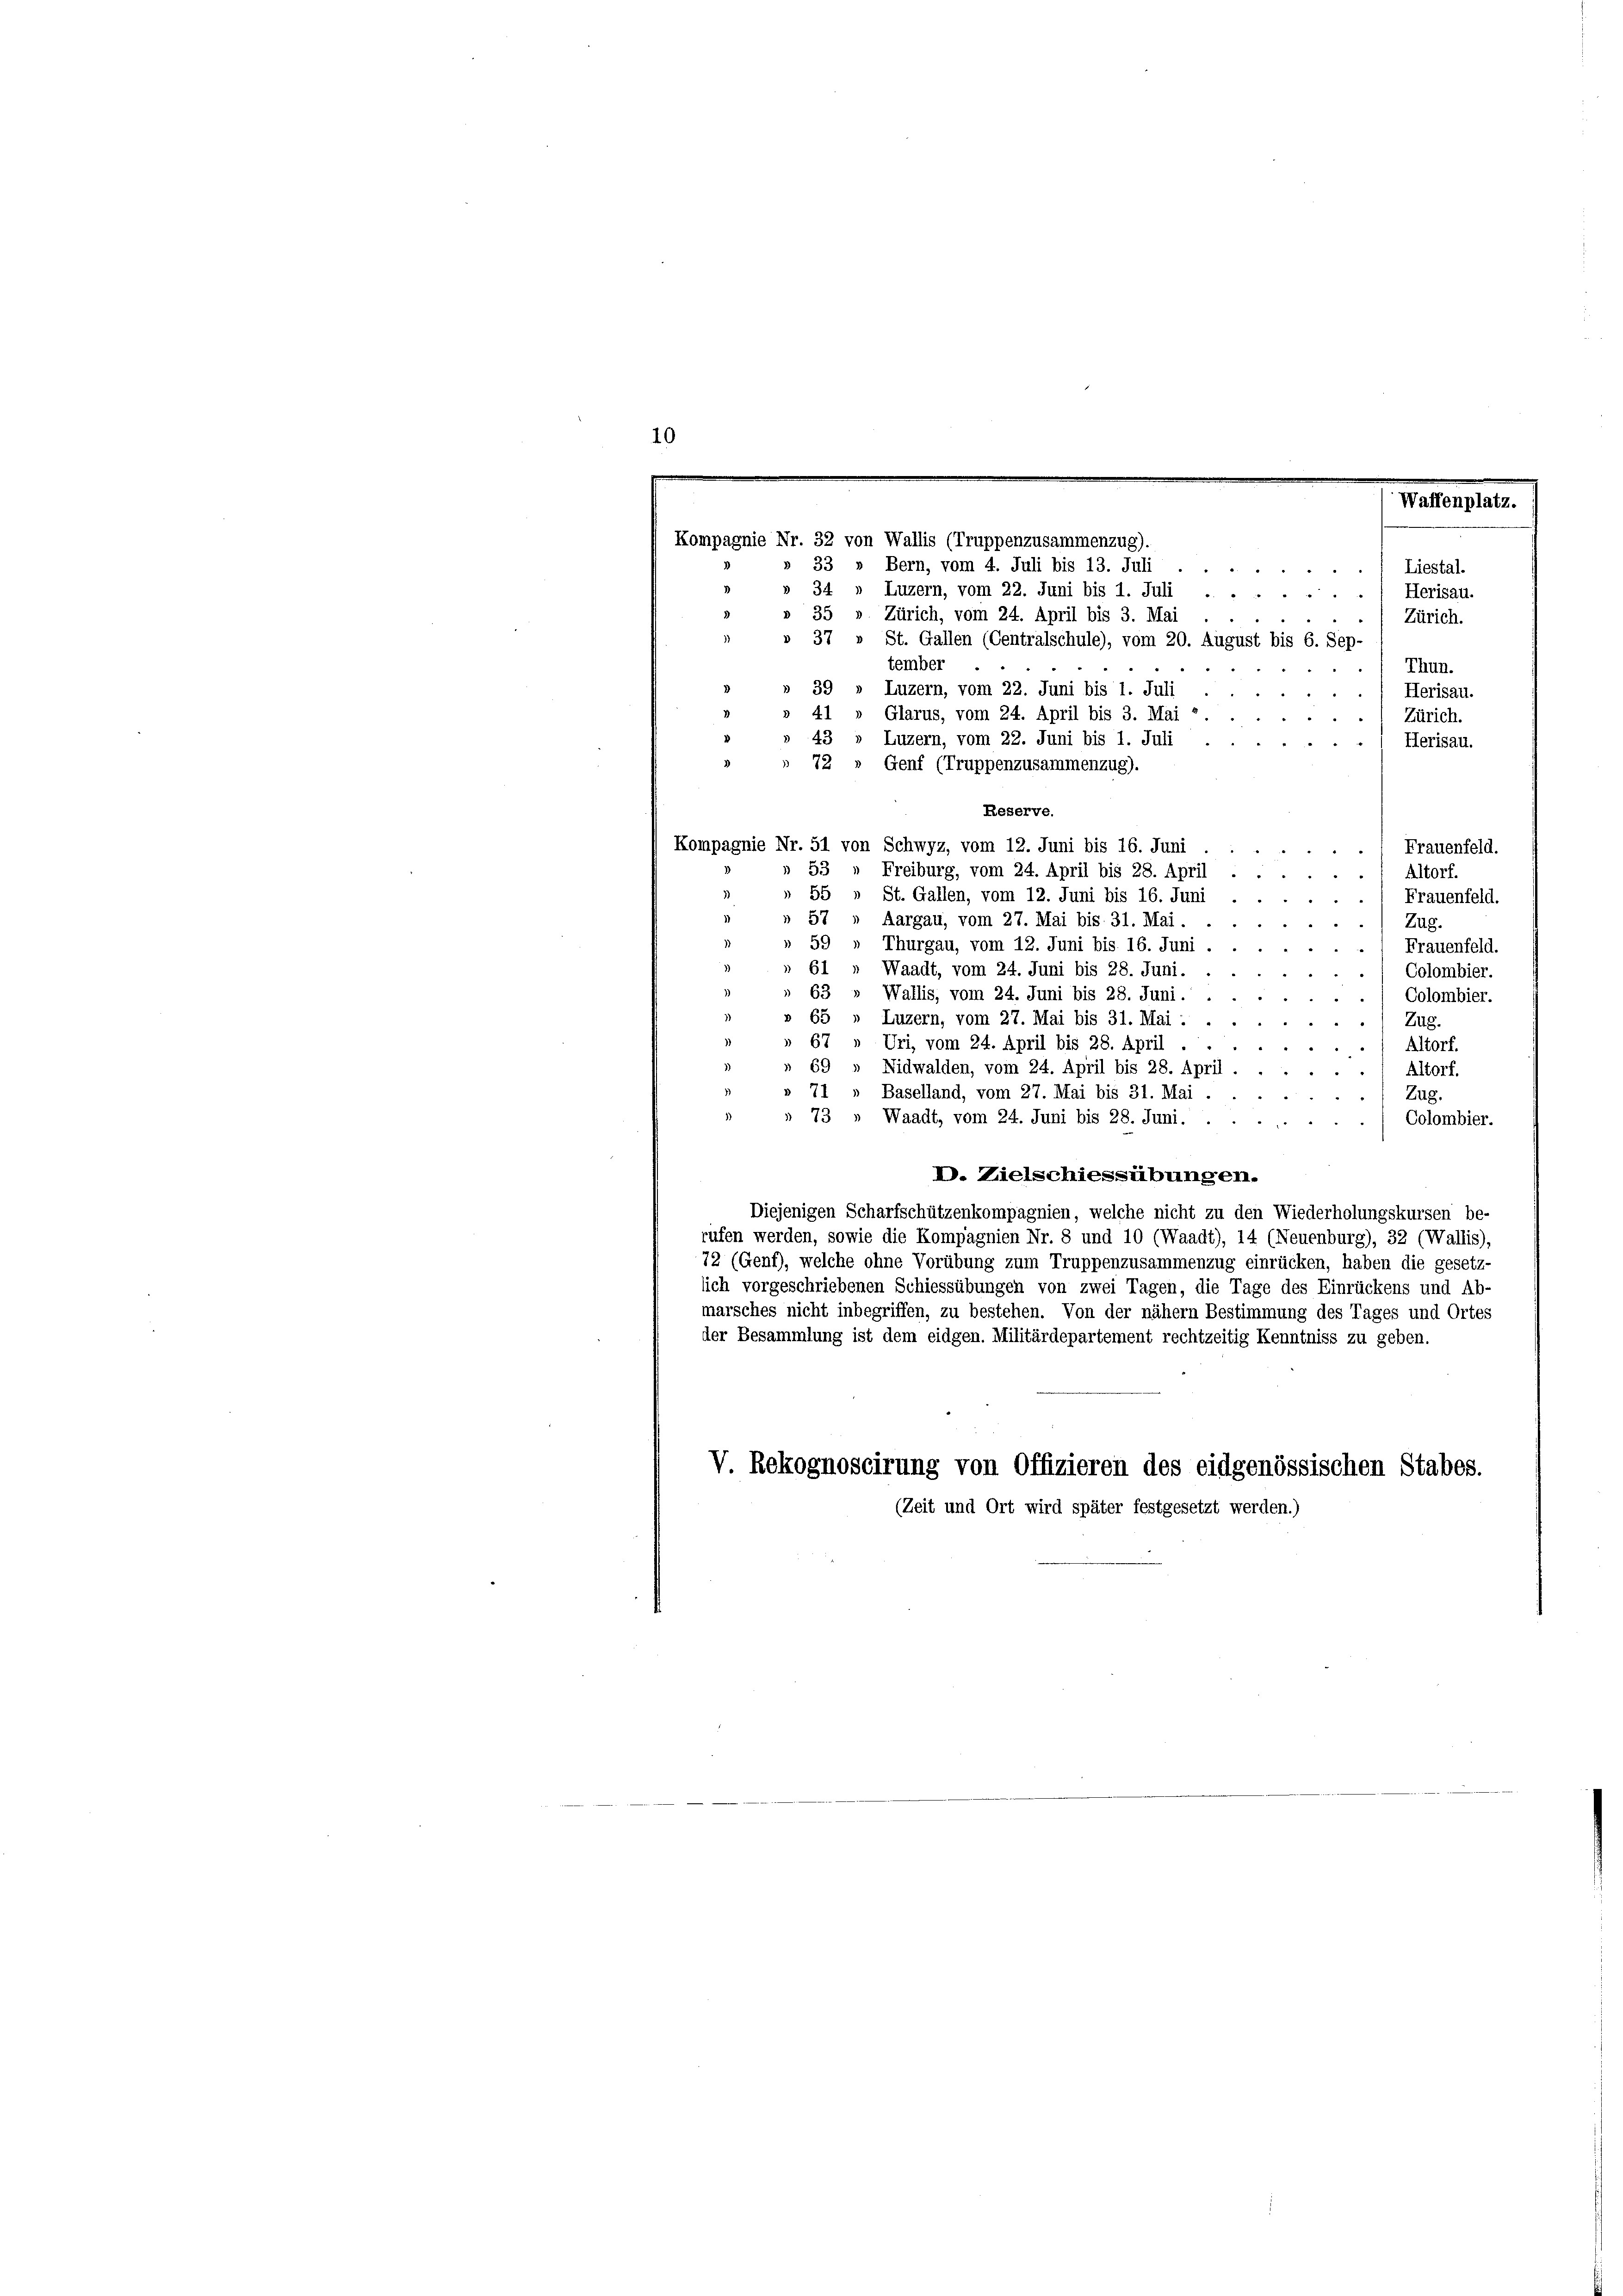
10

Waffenplatz.
Kompagnie Nr. 32 von Wallis (Truppenzusammenzug).
33 » Bern, vom 4. Juli bis 13. Juli
Liestal.

34.
Luzern, vom 22. Juni bis 1. Juli . . .
Herisau.

" " "
35
Zürich, vom 24. April bis 3. Mai
.
Zürich.
37
St. Gallen (Centralschule), vom 20. August bis 6. Sep.
tember
Thun.
39
Luzern, vom 22. Juni bis 1. Juli
Herisau.
41
Glarus, vom 24. April bis 3. Mai 1
Zürich.
Luzern, vom 22. Juni bis 1. Juli
43
Herisau.
72
Genf (Truppenzusammenzug).
. Frauenfeld.

53
Freiburg, vom 24. April bis 28. April
) Altorf.
55 » St. Gallen, vom 12. Juni bis 16. Juni
Frauenfeld.
57
Aargau, vom 27. Mai bis 31. Mai.
Zug.
Thurgau, vom 12. Juni bis 16. Juni
Frauenfeld.
Waadt, vom 24. Juni bis 28. Juni.
Colombier.
Wallis, vom 24. Juni bis 28. Juni.
Colombier.
Luzern, vom 27. Mai bis 31. Mai :
Zug.
Uri, vom 24. April bis 28. April.
Altorf.
Nidwalden, vom 24. April bis 28. April
Altorf.
Baselland, vom 27. Mai bis 31. Mai
7.
Zug.
73
Waadt, vom 24. Juni bis 28. Juni.
Colombier.
D. Zielschiessübungen.
Diejenigen Scharfschützenkompagnien, welche nicht zu den Wiederholungskursen be-
rufen werden, sowie die Kompagnien Nr. 8 und 10 (Waadt), 14 (Neuenburg), 32 (Wallis),
72 (Genf), welche ohne Vorübung zum Truppenzusammenzug einrücken, haben die gesetz-
lich vorgeschriebenen Schiessübungen von zwei Tagen, die Tage des Einrückens und Ab-
marsches nicht inbegriffen, zu bestehen. Von der nähern Bestimmung des Tages und Ortes
der Besammlung ist dem eidgen. Militärdepartement rechtzeitig Kenntniss zu geben.
V. Rekognoscirung von Offizieren des eidgenössischen Stabes.
(Zeit und Ort wird später festgesetzt werden.)

Reserve.
Kompagnie Nr. 51 von Schwyz, vom 12. Juni bis 16. Juni